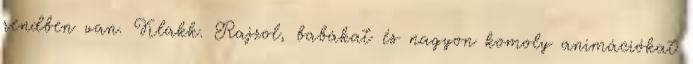
rendben van. Klakk. Rajzol, babákat és nagyon komoly animációkat